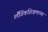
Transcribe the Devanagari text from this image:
लैंगिंकशिक्षणाच्या